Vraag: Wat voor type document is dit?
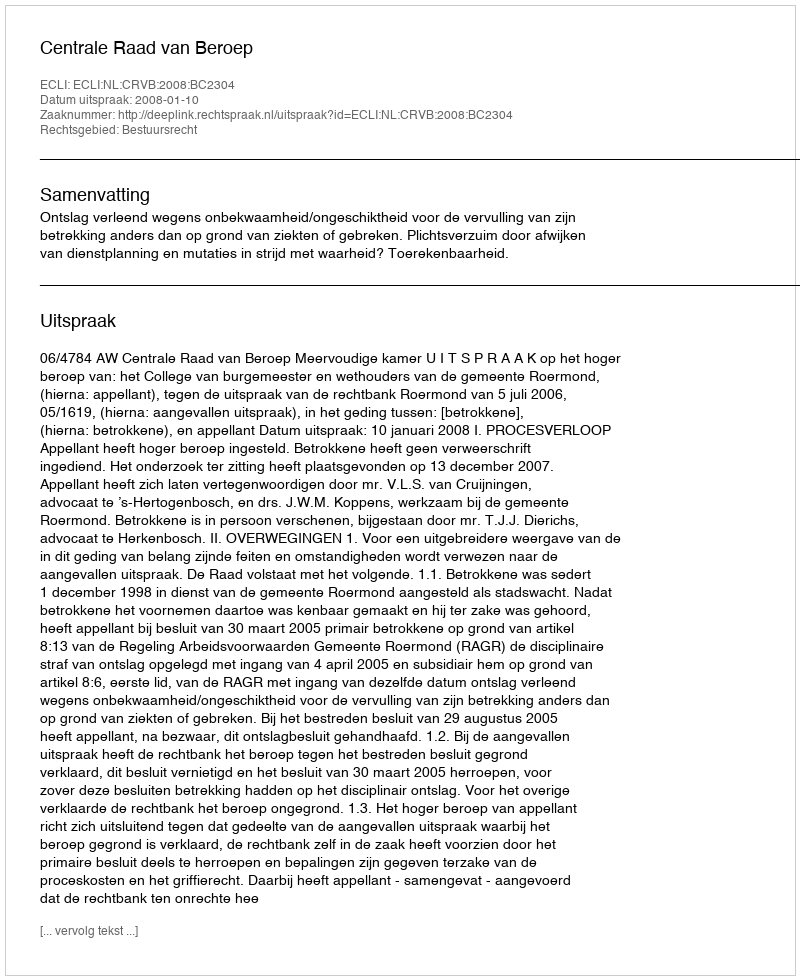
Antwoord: Uitspraak